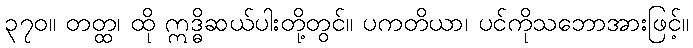
၃၇၀။ တတ္ထ၊ ထို ဣဒ္ဓိဆယ်ပါးတို့တွင်။ ပကတိယာ၊ ပင်ကိုသဘောအားဖြင့်။